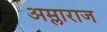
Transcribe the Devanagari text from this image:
अम्लाराज